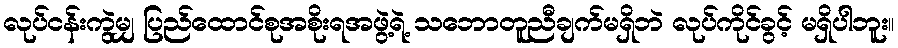
လုပ်ငန်းကွဲမျှ ပြည်ထောင်စုအစိုးရအဖွဲ့ရဲ့ သဘောတူညီချက်မရှိဘဲ လုပ်ကိုင်ခွင့် မရှိပါဘူး။